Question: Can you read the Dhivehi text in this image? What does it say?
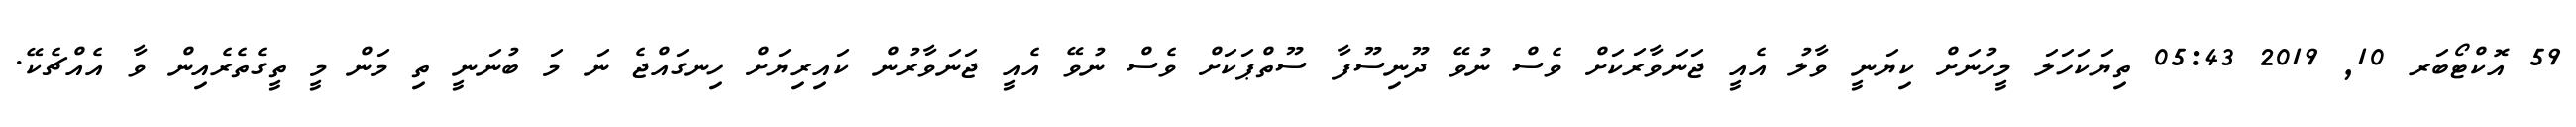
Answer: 59 އޮކްޓޯބަރ 10, 2019 05:43 ތިޔަކަހަލަ މީހުނަށް ކިޔަނީ ވާލު އެއީ ޖަނަވާރަކަށް ވެސް ނުވޭ ދޫނިސޫފާ ސޫތްޕަކަށް ވެސް ނުވޭ އެއީ ޖަނަވާރުން ކައިރިޔަށް ހިނގައްޖެ ނަ މަ ބުނަނީ ތި މަން މީ ތީގެތެރެއިން ވާ އެއްޗެކޭ.